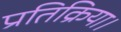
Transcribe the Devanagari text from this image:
प्रतिक्रिया।